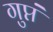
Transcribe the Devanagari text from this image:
गुप्तं